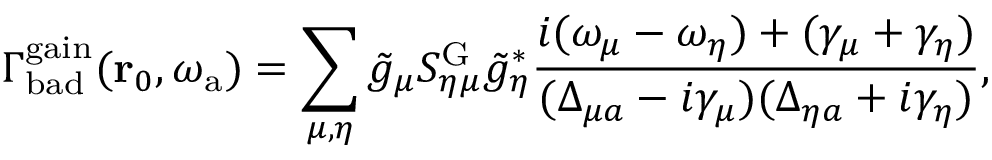
\Gamma _ { \mathrm { b a d } } ^ { \mathrm { g a i n } } ( \mathbf { r } _ { 0 } , \omega _ { \mathrm { a } } ) = \sum _ { \mu , \eta } \tilde { g } _ { \mu } S _ { \eta \mu } ^ { \mathrm { G } } \tilde { g } _ { \eta } ^ { * } \frac { i ( \omega _ { \mu } - \omega _ { \eta } ) + ( \gamma _ { \mu } + \gamma _ { \eta } ) } { ( \Delta _ { \mu a } - i \gamma _ { \mu } ) ( \Delta _ { \eta a } + i \gamma _ { \eta } ) } ,